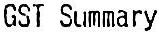
GST SUMMARY